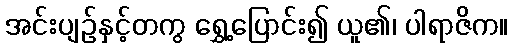
အင်းပျဉ်နှင့်တကွ ရွှေ့ပြောင်း၍ ယူ၏၊ ပါရာဇိက။